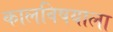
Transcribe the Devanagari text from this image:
कालविषयाला